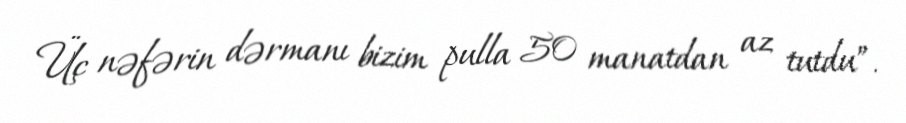
Üç nəfərin dərmanı bizim pulla 50 manatdan az tutdu”.